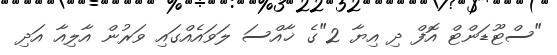
"ސްޓޫޑަންޓް އޮފް ދި އިޔާ 2"ގެ ޚާއްސަ ލަވައެއްގައި ވަރުން އާލިއާ އަދި